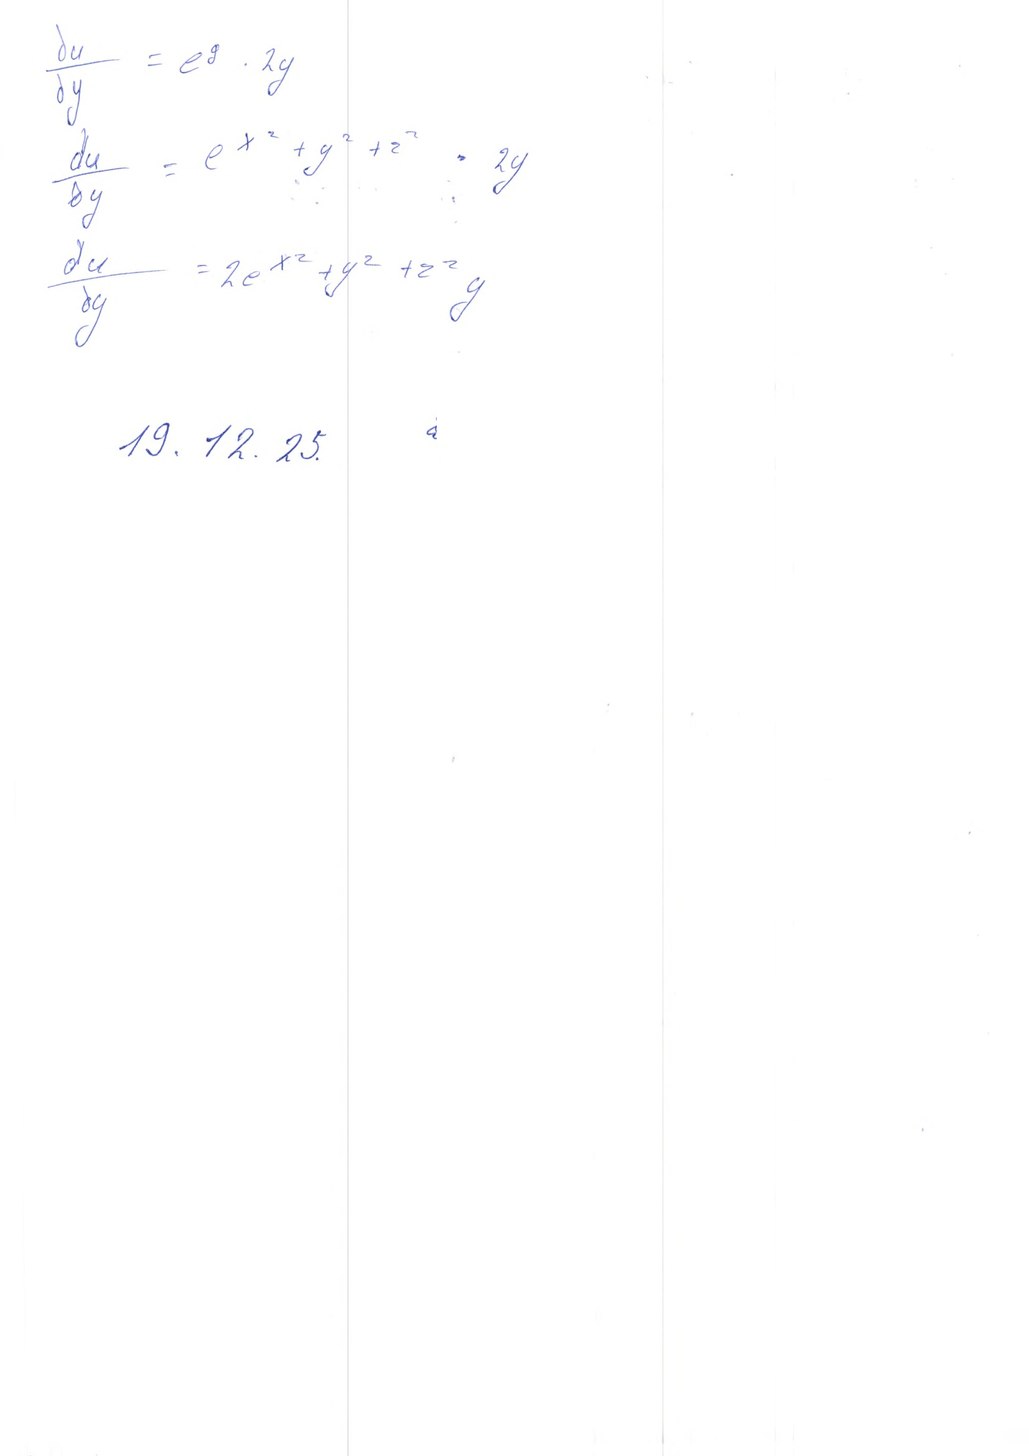
\begin{aligned} \frac{\partial u}{\partial y} &= e^g \cdot 2y \\ \frac{\partial u}{\partial y} &= e^{x^2 + y^2 + z^2} \cdot 2y \\ \frac{\partial u}{\partial y} &= 2e^{x^2 + y^2 + z^2} y \end{aligned}
19. 12. 25.